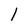
Character: 1